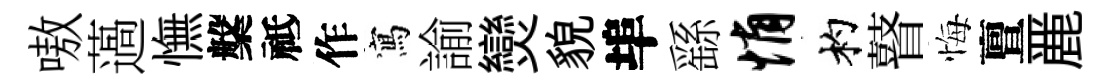
嗷薖憮槃祗作寫諭𤓖貌埠繇悄杓瞽悔亶䴡